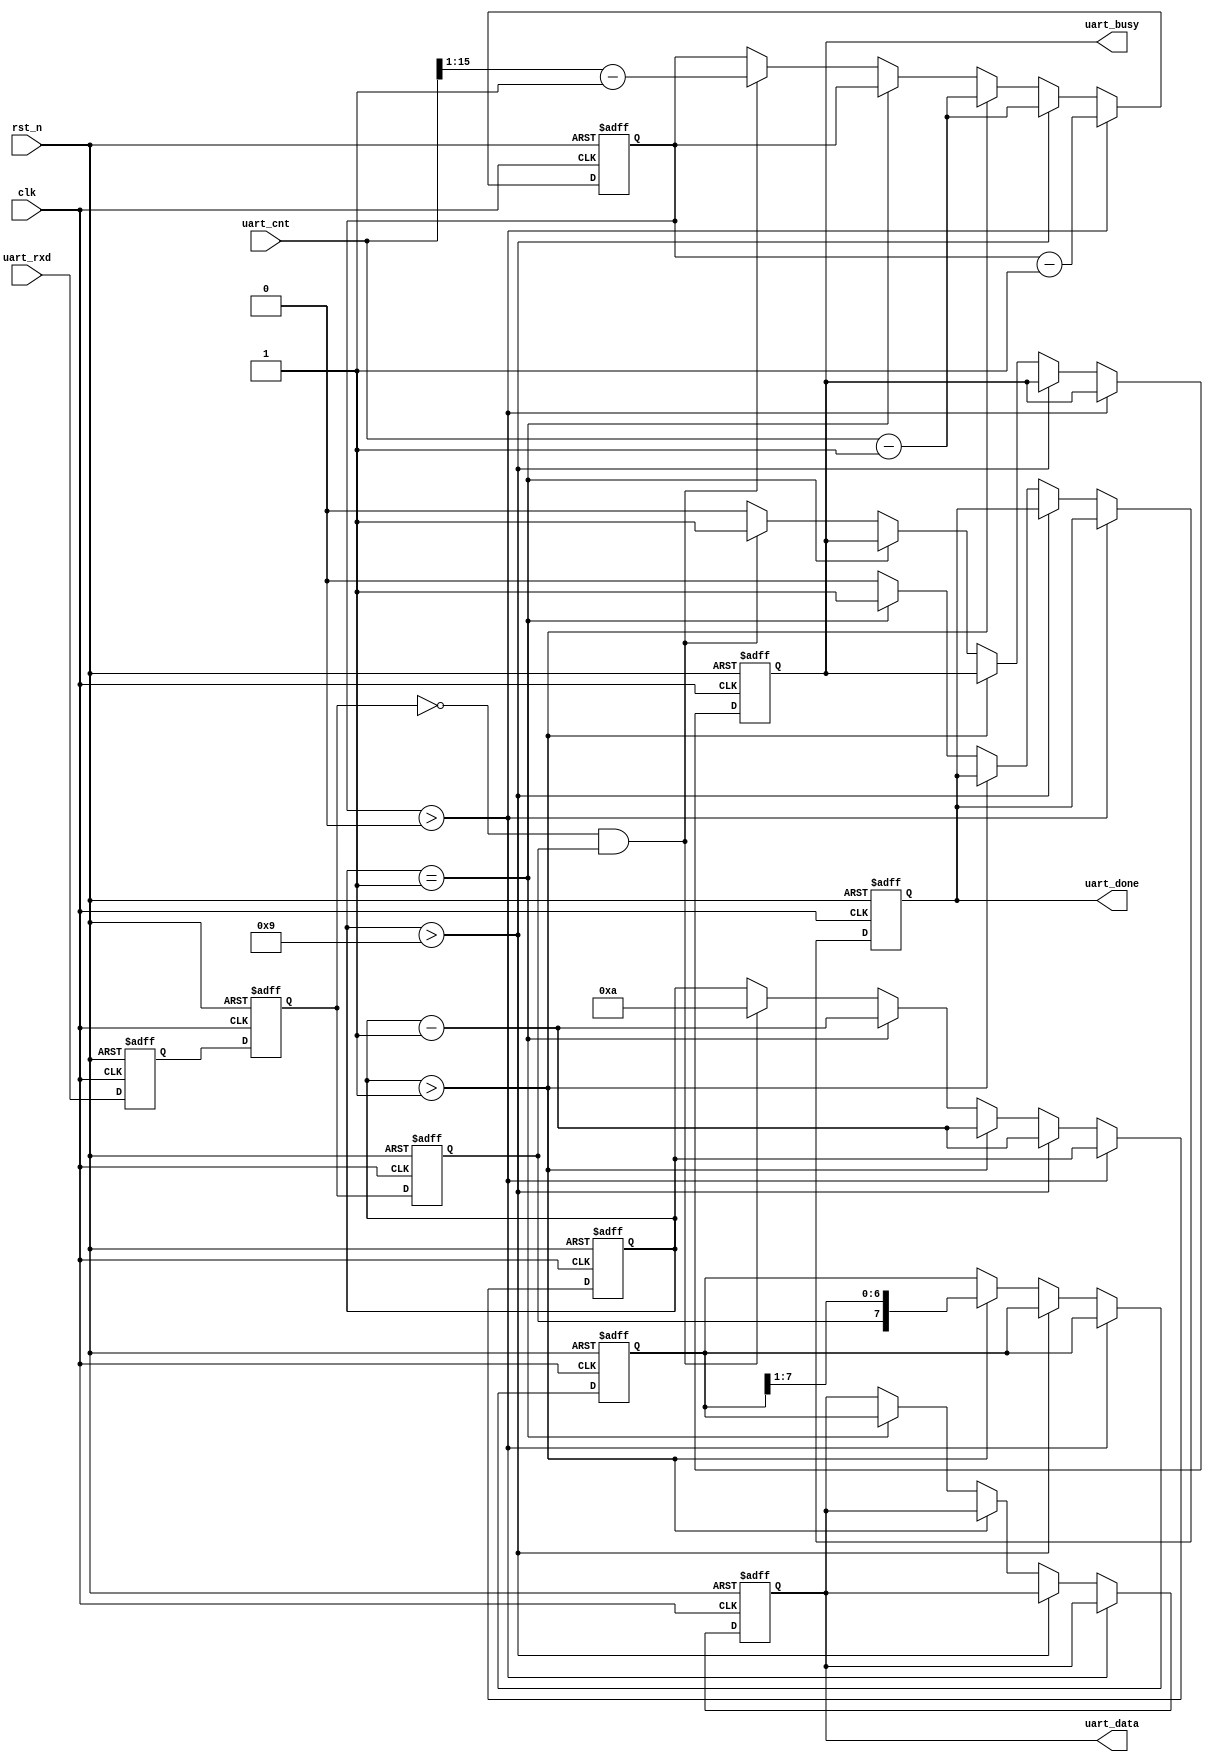
module uart_rx#(
    parameter DATA_WIDTH     = 8
)(
    input                       clk         ,
    input                       rst_n       ,

    input  [15:0]               uart_cnt    ,
    input                       uart_rxd    ,
    output reg                  uart_done   ,
    output reg                  uart_busy   ,
    output reg [DATA_WIDTH-1:0] uart_data
);

reg     uart_rxd_d0;
reg     uart_rxd_d1;
reg     uart_rxd_d2;
wire    uart_rxd_fall;
assign uart_rxd_fall = (!uart_rxd_d1 && uart_rxd_d2);

reg [DATA_WIDTH-1:0] uart_data_reg;
reg [15:0]  bps_cnt;
reg [3:0]   bit_cnt;
always @(posedge clk or negedge rst_n) begin
    if(!rst_n)begin
        
        uart_busy <= 1'b0;
        uart_done <= 1'b0;
        uart_data <= 'b0;
        uart_rxd_d0 <= 1'b1;
        uart_rxd_d1 <= 1'b1;
        uart_rxd_d2 <= 1'b1;
        bps_cnt     <= 16'b0;
        bit_cnt     <= 4'b0;
        uart_data_reg <= 'b0;
    end else begin
        uart_rxd_d0 <= uart_rxd;
        uart_rxd_d1 <= uart_rxd_d0;
        uart_rxd_d2 <= uart_rxd_d1;

        if(bps_cnt > 0) begin
            bps_cnt <= bps_cnt - 16'b1;
        end else if(bit_cnt > DATA_WIDTH + 1'b1) begin
            bit_cnt <= bit_cnt - 1'b1;
            bps_cnt <= uart_cnt - 1'b1;
        end else if(bit_cnt > 4'b1) begin
            uart_data_reg <= {uart_rxd_d2,uart_data_reg[DATA_WIDTH-1:1]};
            bit_cnt <= bit_cnt - 1'b1;
            bps_cnt <= uart_cnt - 1'b1;
        end else if(bit_cnt == 4'b1) begin
            uart_done <= 1'b1;
            uart_data <= uart_data_reg;
            bit_cnt   <= bit_cnt - 1'b1;
        end else begin
            uart_busy <= 1'b0;
            uart_done <= 1'b0;
            if(uart_rxd_fall)begin
                uart_busy <= 1'b1;
                bit_cnt   <= DATA_WIDTH + 2'd2;
                bps_cnt   <= (uart_cnt >> 1) - 1'b1;
            end
        end
    end
end

endmodule